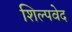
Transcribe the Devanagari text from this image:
शिल्पवेद